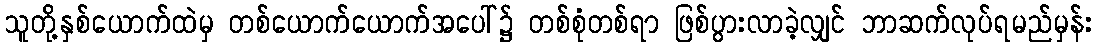
သူတို့နှစ်ယောက်ထဲမှ တစ်ယောက်ယောက်အပေါ်၌ တစ်စုံတစ်ရာ ဖြစ်ပွားလာခဲ့လျှင် ဘာဆက်လုပ်ရမည်မှန်း